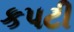
કપટી